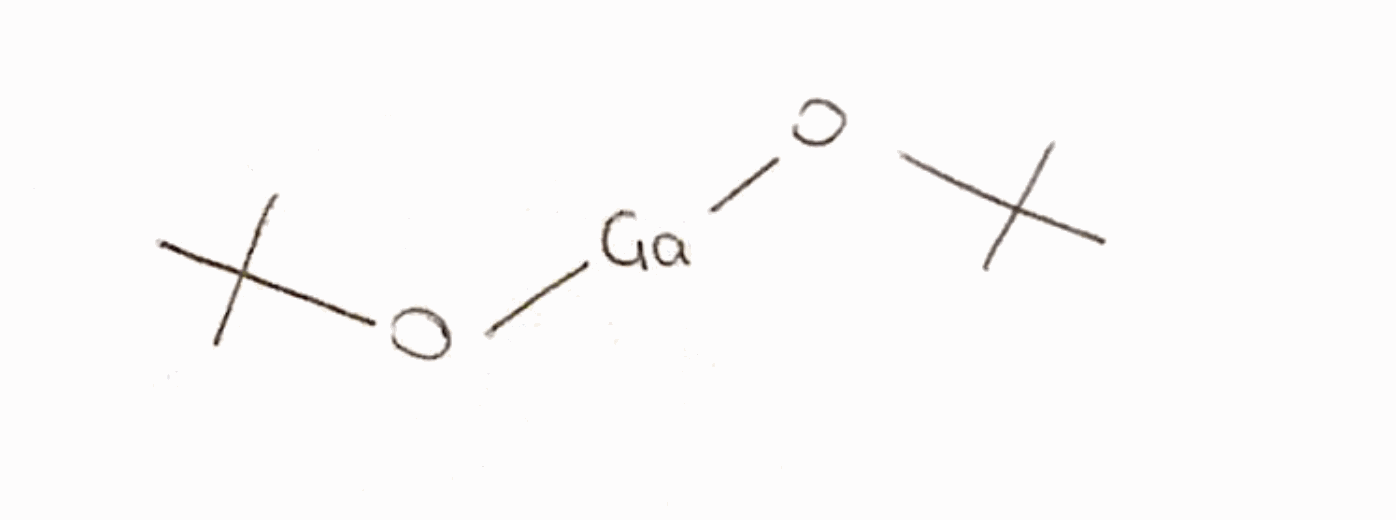
Simplified molecular-input line-entry system (SMILES) notation of the given molecule:
CC(C)(C)O[Ga]OC(C)(C)C